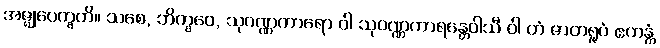
အဇ္ဈုပေက္ခတိ။ သစေ, ဘိက္ခဝေ, သုဝဏ္ဏကာရော ဝါ သုဝဏ္ဏကာရန္တေဝါသီ ဝါ တံ ဇာတရူပံ ဧကန္တံ